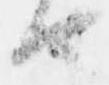
由